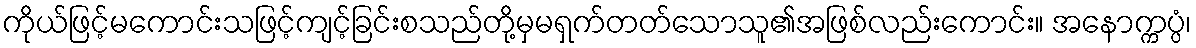
ကိုယ်ဖြင့်မကောင်းသဖြင့်ကျင့်ခြင်းစသည်တို့မှမရှက်တတ်သောသူ၏အဖြစ်လည်းကောင်း။ အနောက္ကပ္ပံ၊